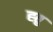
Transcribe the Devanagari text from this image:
ह्तु